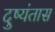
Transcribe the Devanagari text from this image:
दुष्यंतास